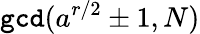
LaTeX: \texttt{gcd}(a^{r/2}\pm 1,N)